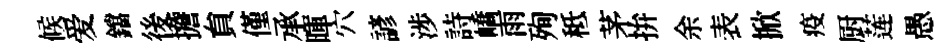
候爱鐺後擔貟僅承暉穴諺渉詩嶠雨殉秪茅拚余表掀疫厨莲愚